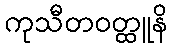
ကုသီတဝတ္ထူနိ